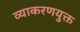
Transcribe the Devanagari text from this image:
व्याकरणयुक्त